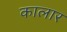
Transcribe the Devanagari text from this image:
कालार